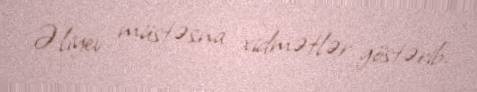
Əliyev müstəsna xidmətlər göstərib.